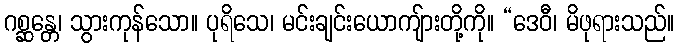
ဂစ္ဆန္တေ၊ သွားကုန်သော။ ပုရိသေ၊ မင်းချင်းယောကျ်ားတို့ကို။ “ဒေဝီ၊ မိဖုရားသည်။